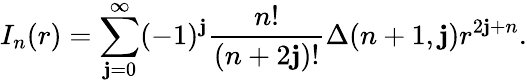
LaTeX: I_{n}(r)=\sum_{\mathbf{j}=0}^{\infty}(-1)^{\mathbf{j}}\frac{{n!}}{{(n+2\mathbf{j})!}}\Delta(n+1,\mathbf{j})r^{2\mathbf{j}+n}.